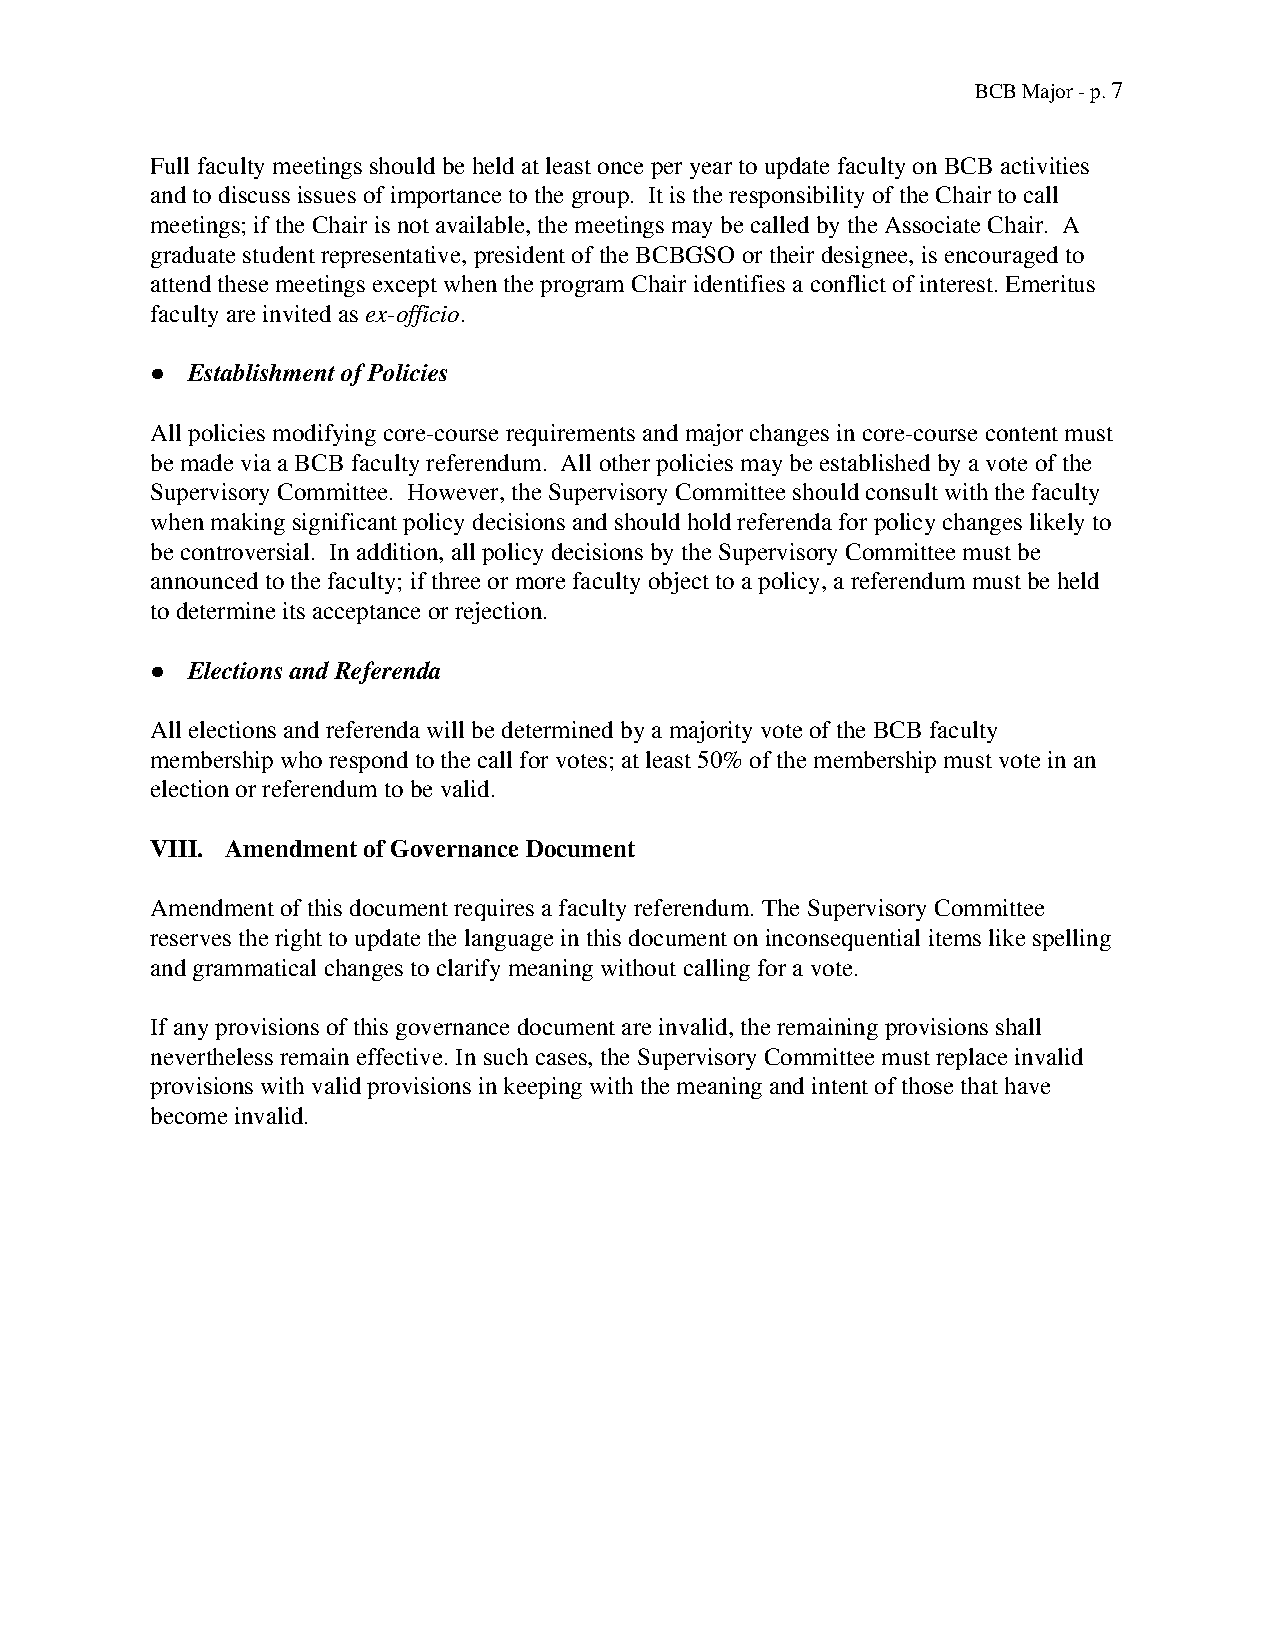
BCB Major - p. 7
 Full faculty meetings should be held at least once per year to update faculty on BCB activities
 and to discuss issues of importance to the group. It is the responsibility of the Chair to call
 meetings; if the Chair is not available, the meetings may be called by the Associate Chair. A
 graduate student representative, president of the BCBGSO or their designee, is encouraged to
 attend these meetings except when the program Chair identifies a conflict of interest. Emeritus
 faculty are invited as ex-officio.
 ​     ​
 ● Establishment of Policies
 All policies modifying core-course requirements and major changes in core-course content must
 be made via a BCB faculty referendum. All other policies may be established by a vote of the
 Supervisory Committee. However, the Supervisory Committee should consult with the faculty
 when making significant policy decisions and should hold referenda for policy changes likely to
 be controversial. In addition, all policy decisions by the Supervisory Committee must be
 announced to the faculty; if three or more faculty object to a policy, a referendum must be held
 to determine its acceptance or rejection.
 ● Elections and Referenda
 All elections and referenda will be determined by a majority vote of the BCB faculty
 membership who respond to the call for votes; at least 50% of the membership must vote in an
 election or referendum to be valid.
 VIII. Amendment of Governance Document
 Amendment of this document requires a faculty referendum. The Supervisory Committee
 reserves the right to update the language in this document on inconsequential items like spelling
 and grammatical changes to clarify meaning without calling for a vote.
 If any provisions of this governance document are invalid, the remaining provisions shall
 nevertheless remain effective. In such cases, the Supervisory Committee must replace invalid
 provisions with valid provisions in keeping with the meaning and intent of those that have
 become invalid.